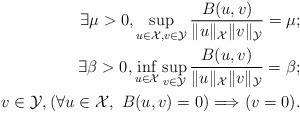
LaTeX: \begin{align*}\exists \mu>0, \sup_{u\in\mathcal{X},v\in\mathcal{Y}}\frac{B(u,v)}{\|u\|_{\mathcal{X}}\|v\|_{\mathcal{Y}}}= \mu; \\\exists \beta>0,\inf_{u\in\mathcal{X}}\sup_{v\in\mathcal{Y}}\frac{B(u,v)}{\|u\|_{\mathcal{X}}\|v\|_{\mathcal{Y}}}= \beta ; \\v\in \mathcal{Y},(\forall u\in\mathcal{X},\ B(u,v)=0) \Longrightarrow (v=0). \end{align*}